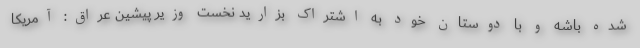
شده باشه و با دوستان خود به اشتراک بزارید نخست وزیر پیشین عراق: آمریکا